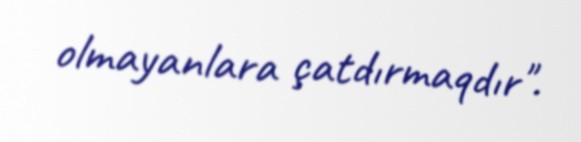
olmayanlara çatdırmaqdır".